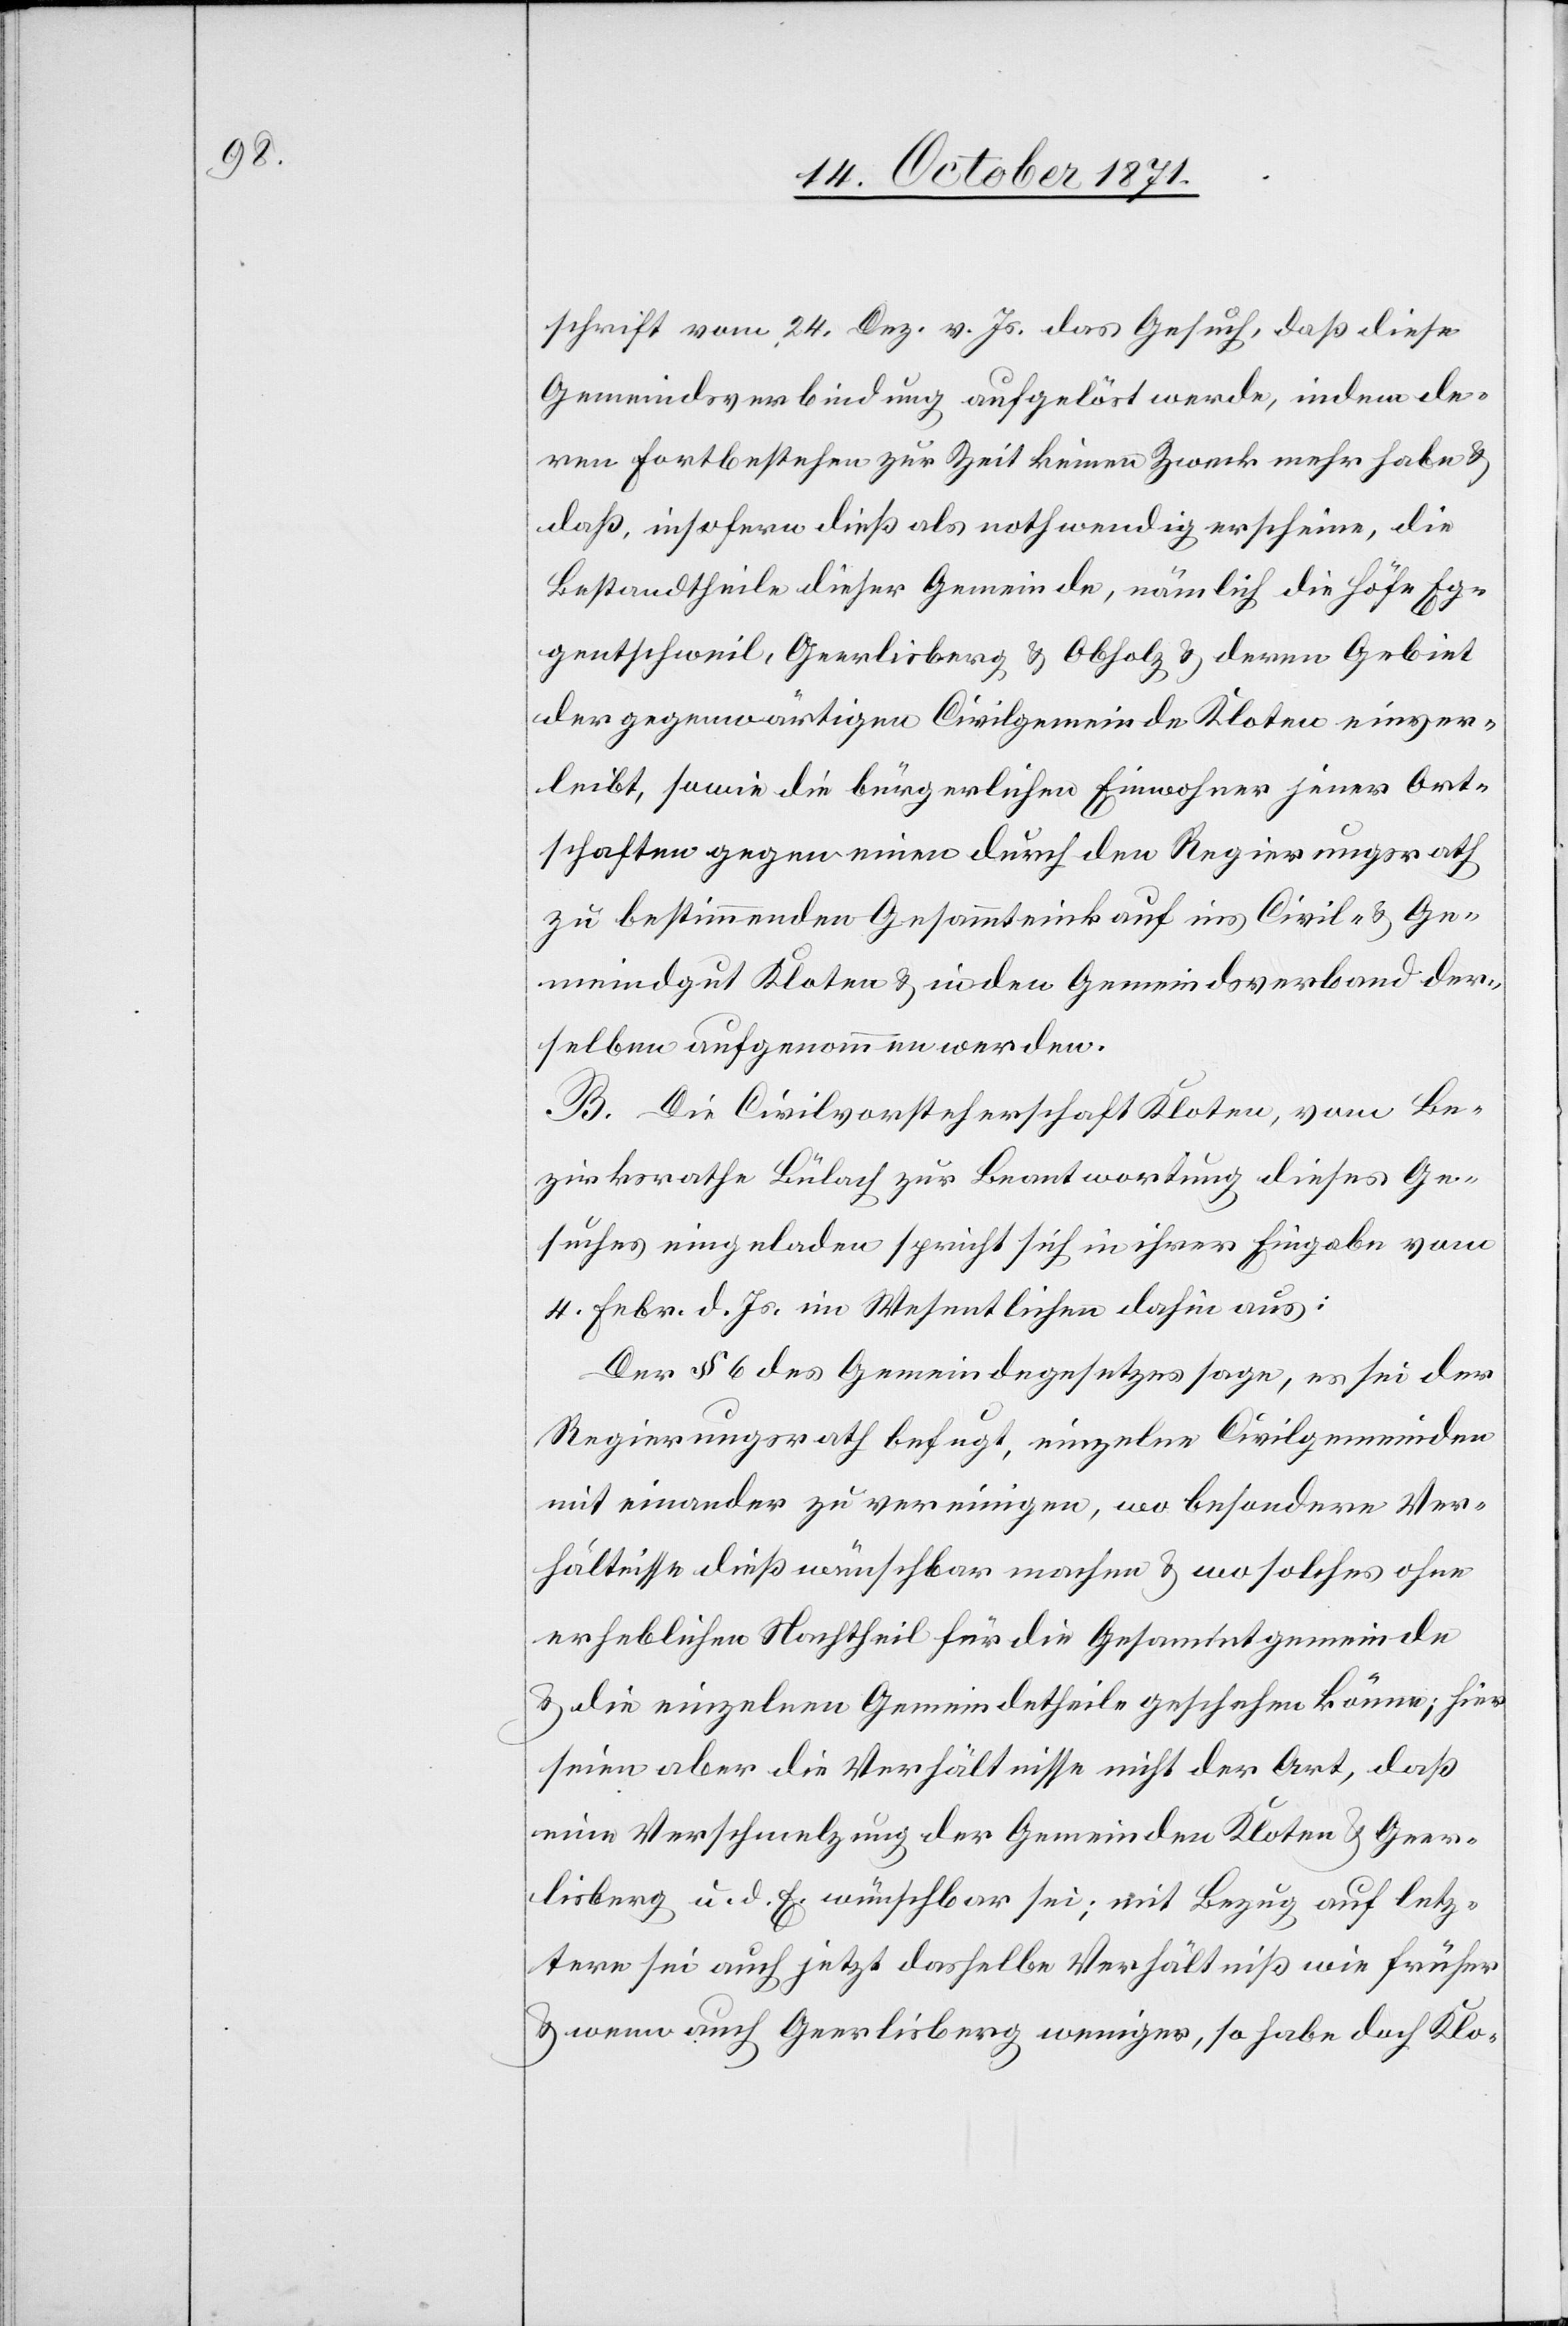
schrift vom 24. Dez. v. Js. das Gesuch, daß diese
Gemeindeverbindung aufgelöst werde, indem de¬
ren Fortbestehen zur Zeit keinen Zweck mehr habe &
daß insofern dieß als nothwendig erscheine, die
Bestandtheile dieser Gemeinde, nämlich die Höfe Eg¬
gentschweil, Geerlisberg & Obholz & deren Gebiet
der gegenwärtigen Civilgemeinde Kloten einver¬
leibt, sowie die bürgerlichen Einwohner jener Ort¬
schaften gegen einen durch den Regierungsrath
zu bestimmenden Gesammteinkauf ins Civil- & Ge¬
meindgut Kloten & in den Gemeindsverband der¬
selben aufgenommen werden.
B. Die Civilvorsteherschaft Kloten, vom Be¬
zirksrathe Bülach zur Beantwortung dieses Ge¬
suches eingeladen spricht sich in ihrer Eingabe vom
4. Feb. d. Js. im Wesentlichen dahin aus:
Der § 6 des Gemeindegesetzes sage, es sei der
Regierungsrath befugt, einzelne Civilgemeinden
miteinander zu vereinigen, wo besondere Ver¬
hältnisse dieß wünschbar machen & wo solches ohne
erheblichen Nachtheil für die Gesammtgemeinde
& die einzelnen Gemeindetheile geschehen könne; hier
seien aber die Verhältnisse nicht der Art, daß
eine Verschmelzung der Gemeinden Kloten & Geer¬
lisberg u. d. E. wünschbar sei; mit Bezug auf letz¬
tere sei auch jetzt dasselbe Verhältniß wie früher
& wenn auch Geerlisberg weniger, so habe doch Klo-